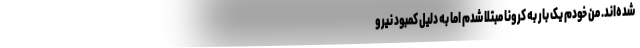
شده‌اند. من خودم یک بار به کرونا مبتلا شدم اما به دلیل کمبود نیرو